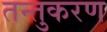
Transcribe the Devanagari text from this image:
तन्तुकरण